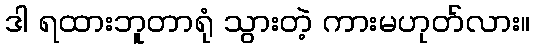
ဒါ ရထားဘူတာရုံ သွားတဲ့ ကားမဟုတ်လား။